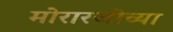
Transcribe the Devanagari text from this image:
मोरारजींच्या